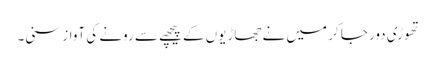
تھوڑی دور جا کر میں نے جھاڑیوں کے پیچھے سے رونے کی آواز سنی۔